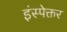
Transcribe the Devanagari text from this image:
इंस्पेक्तर